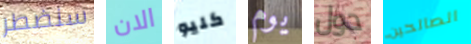
سنضطر الان كليو يوم حول الصالحين